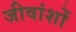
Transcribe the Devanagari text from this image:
जीवांशों